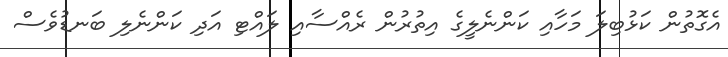
އެގޮތުން ކަޅުބިލަ މަހާއި ކަންނެލީގެ އިތުރުން ރެއްސާއި ލައްޓި އަދި ކަންނެލި ބަނޑުވެސް